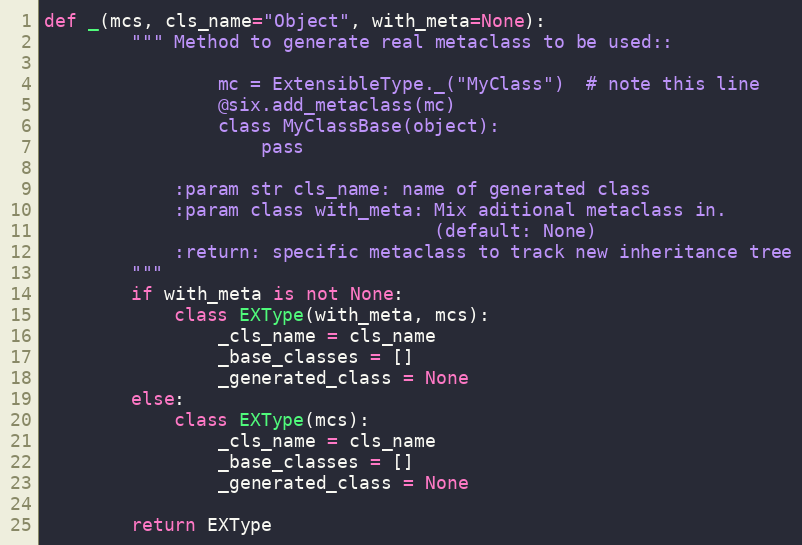
Language: Python
def _(mcs, cls_name="Object", with_meta=None):
        """ Method to generate real metaclass to be used::

                mc = ExtensibleType._("MyClass")  # note this line
                @six.add_metaclass(mc)
                class MyClassBase(object):
                    pass

            :param str cls_name: name of generated class
            :param class with_meta: Mix aditional metaclass in.
                                    (default: None)
            :return: specific metaclass to track new inheritance tree
        """
        if with_meta is not None:
            class EXType(with_meta, mcs):
                _cls_name = cls_name
                _base_classes = []
                _generated_class = None
        else:
            class EXType(mcs):
                _cls_name = cls_name
                _base_classes = []
                _generated_class = None

        return EXType